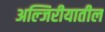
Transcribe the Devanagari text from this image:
अल्जिरीयातील